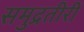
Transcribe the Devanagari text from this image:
समुद्रतीरीं